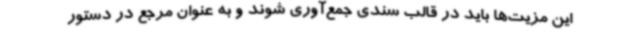
این مزیت‌ها باید در قالب سندی جمع‌آوری شوند و به عنوان مرجع در دستور